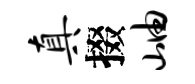
真掇岫